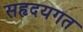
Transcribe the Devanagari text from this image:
सहृदयगत